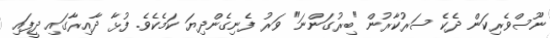
ނޫސްވެރިކަން ދެކެ ސަރުކާރުން "ބިރުގަންނަ" ވަރު ފެނިގެންދިޔަ ކަމެކެވެ. ފުޅާ ދާއިރާގައި ދީފައި